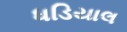
ધડિયાલ